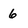
Character: 6